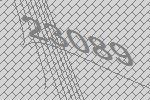
23089